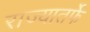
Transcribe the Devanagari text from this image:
राज्यातर्फे